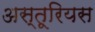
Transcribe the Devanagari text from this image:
अस्तूरियस